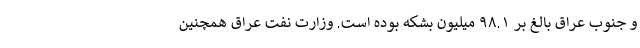
و جنوب عراق بالغ بر ۹۸.۱ میلیون بشکه بوده است. وزارت نفت عراق همچنین